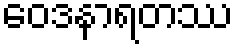
ဝေဒနာရတဿ